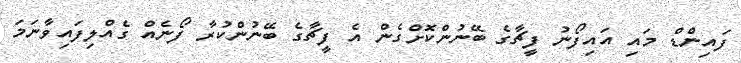
ފައިންޑް މައި އައިފޯނު ފީޗާގެ ބޭނުންކޮށްގެން އެ ފީޗާގެ ބޭނުންކުރާ ފޯނެއް ގެއްލިފައިވާނަމަ